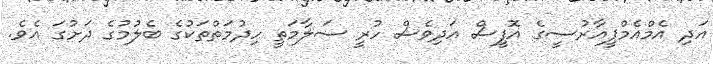
އަދި އެމްއެމްޕީއާރުސީގެ އޮފީސް އަދިވެސް ހުރީ ސަލާމަތީ ހިދުމަތްތަކުގެ ބެލުމުގެ ދަށުގަ އެވެ.